Leaving Certificate Examination (including Day School Certificate (Higher) General paper), 1939
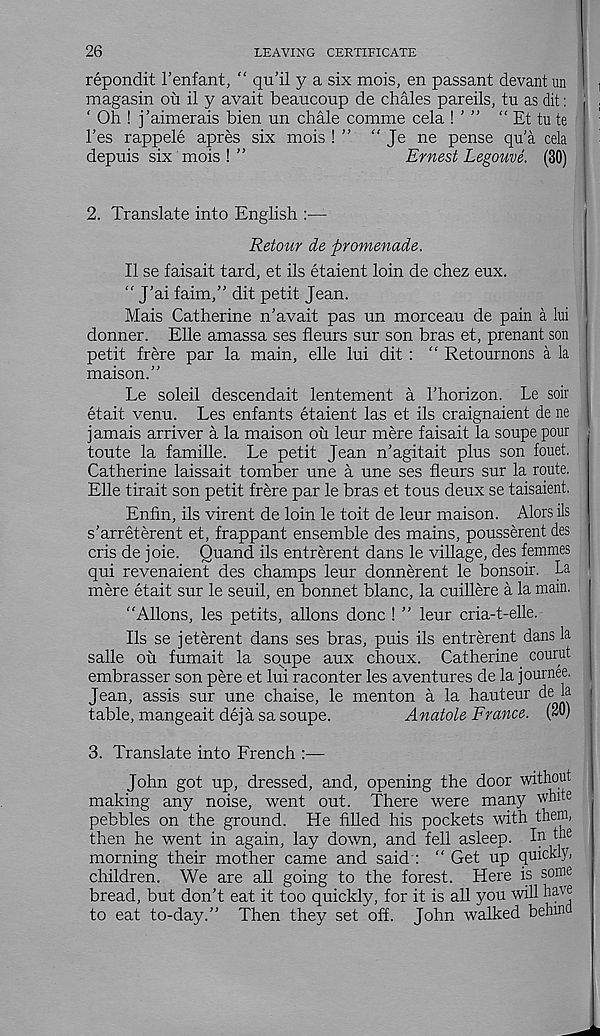
26
LEAVING CERTIFICATE
repondit Fenfant, “ qu’il y a six mois, en passant devant un
magasin on il y avait beaucoup de chales pareils, tu as dit:
‘ Oh ! j’aimerais bien un chale comme cela \ ’ ” “ Et tu te
Fes rappele apres six mois ! ” “ Je ne pense qu’a cela
depuis six mois ! ”
Ernest Legouve. (30)
2. Translate into English :—
Retour de promenade.
II se faisait tard, et ils etaient loin de chez eux.
" J’ai faim,” dit petit Jean.
Mais Catherine n’avait pas un morceau de pain a lui
donner. Elle amassa ses fleurs sur son bras et, prenant son
petit frere par la main, elle lui dit : “ Retournons a la
maison.”
Le soleil descendait lentement a Fhorizon. Le soil
etait venu. Les enfants etaient las et ils craignaient de ne
jamais arriver a la maison ou leur mere faisait la soupe pour
toute la famille. Le petit Jean n’agitait plus son fouet.
Catherine laissait tomber une a une ses fleurs sur la route.
Elle tirait son petit frere par le bras et tous deux se taisaient.
Enfin, ils virent de loin le toit de leur maison. Alors ils
s’arreterent et, frappant ensemble des mains, pousserent des
cris de joie. Quand ils entrerent dans le village, des femmes
qui revenaient des champs leur donnerent le bonsoir. La
mere etait sur le seuil, en bonnet blanc, la cuillere a la mam.
“Aliens, les petits, allons done ! ” leur cria-t-elle.
Ils se jeterent dans ses bras, puis ils entrerent dans la
salle ou fumait la soupe aux choux. Catherine, courut
embrasser son pere et lui raconter les aventures de la journee.
Jean, assis sur une chaise, le menton a la hauteur de la
table, mangeait deja sa soupe.
Anatole France. (20)
3. Translate into French :—
John got up, dressed, and, opening the door without
making any noise, went out. There were many white
pebbles on the ground. He filled his pockets with them,
then he went in again, lay down, and fell asleep. Ip
morning their mother came and said : " Get up quickly,
children. We are all going to the forest. Here is some
bread, but don’t eat it too quickly, for it is all you will have
to eat to-day.” Then they set off. John walked behind